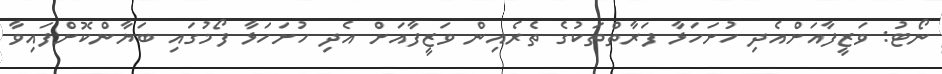
ނޯޓު: ވަޒީފާއަށްއެދި ހުށަހަޅާ ފަރާތްތަކުގެ ތެރެއިން ވަޒީފާއަށް އެދި ހުށަހަޅާ ފޯމުގައި ބަޔާންކޮށްފައިވާ